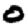
Digit: 0